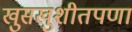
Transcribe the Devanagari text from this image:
खुसखुशीतपणा